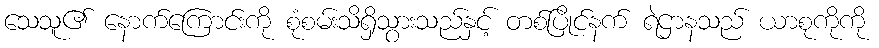
သေသူ၏ နောက်ကြောင်းကို စုံစမ်းသိရှိသွားသည်နှင့် တစ်ပြိုင်နက် ရဲဌာနသည် ယာစုကိုကို